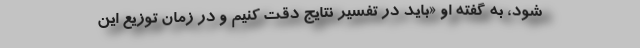
شود، به گفته او «باید در تفسیر نتایج دقت کنیم و در زمان توزیع این